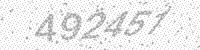
Solution: 492451